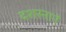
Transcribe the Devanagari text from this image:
दशस्नानें